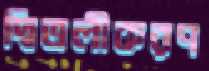
দ্বিতলীকরণ